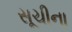
સૂચીના